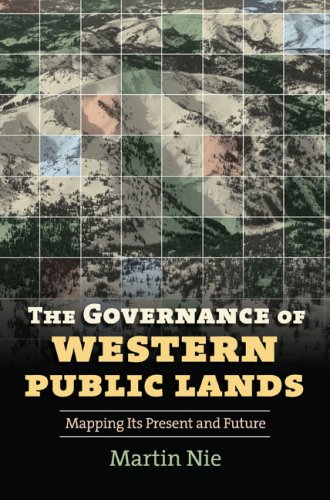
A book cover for The Governance of Western Public Lands: Mapping Its Present and Future; Martin Nie; Law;